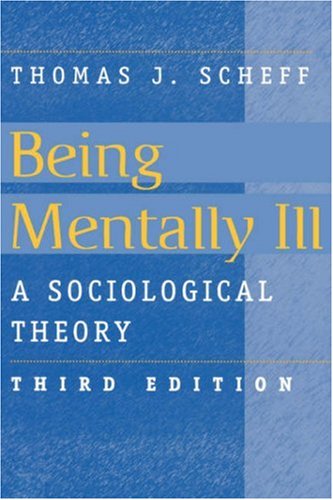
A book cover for Being Mentally Ill: A Sociological Theory (Social Problems and Social Issues); Thomas J. Scheff; Medical Books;